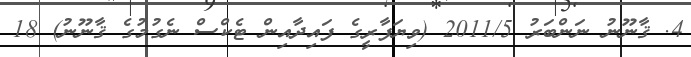
4. ޤާނޫނު ނަންބަރު 2011/5 (ވިޔަފާރީގެ ފައިދާއިން ޓެކްސް ނެގުމުގެ ޤާނޫނު) 18